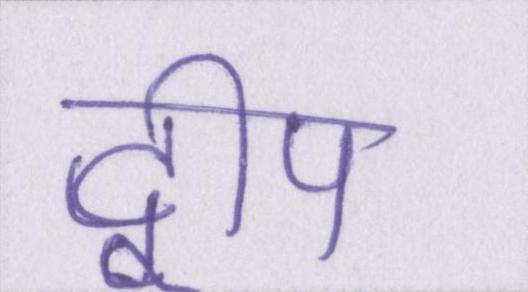
द्वीप